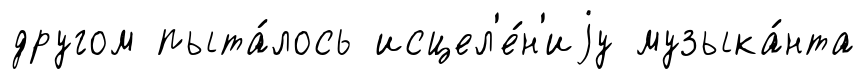
другом пыта́лось исцел'е́н'иjу музыка́нта